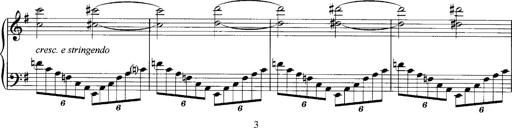
Title: Schlaflos! Frage und Antwort
Composer: Franz Liszt